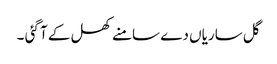
گل ساریاں دے سامنے کھل کے آ گئی ۔